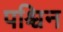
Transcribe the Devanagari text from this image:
पश्चिन